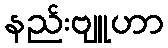
နည်းဗျူဟာ